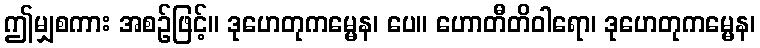
ဤမျှစကား အစဉ်ဖြင့်။ ဒုဟေတုကမ္မေန၊ ပေ။ ဟောတီတိဝါရော၊ ဒုဟေတုကမ္မေန၊